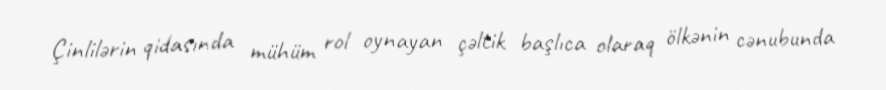
Çinlilərin qidasında mühüm rol oynayan çəltik başlıca olaraq ölkənin cənubunda